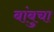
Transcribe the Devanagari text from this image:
बांबुचा